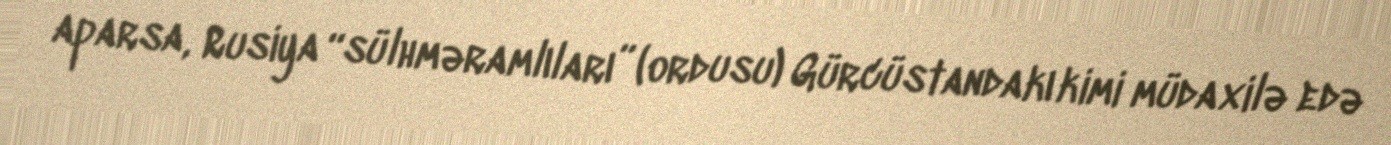
aparsa, Rusiya “sülhməramlıları” (ordusu) Gürcüstandakı kimi müdaxilə edə